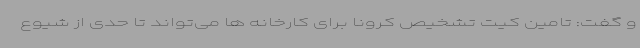
و گفت: تامین کیت تشخیص کرونا برای کارخانه ها می‌تواند تا حدی از شیوع